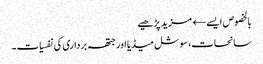
بالخصوص ایسے← مزید پڑھیے
سانحات، سوشل میڈیا اور جتھہ برداری کی نفسیات۔